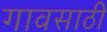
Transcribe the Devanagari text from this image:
गावसाठी